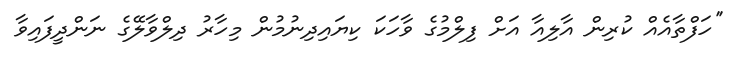
''ހަފްތާއެއް ކުރިން އާލިއާ އަށް ފިލްމުގެ ވާހަކަ ކިޔައިދިނުމުން މިހާރު ދިލްވާލޭގެ ނަންދީފައިވާ